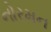
નોરમન